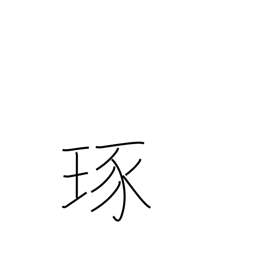
Meaning: polish